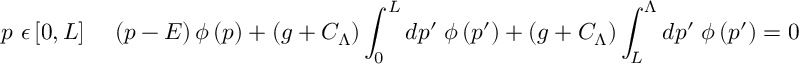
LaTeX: p \ \epsilon \left[ 0 , L \right] \; \; \; \; \left( p - E \right) \phi \left( p \right) + \left( g + C _ { \Lambda } \right) \int _ { 0 } ^ { L } d p ^ { \prime } \; \phi \left( p ^ { \prime } \right) + \left( g + C _ { \Lambda } \right) \int _ { L } ^ { \Lambda } d p ^ { \prime } \; \phi \left( p ^ { \prime } \right) = 0